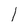
Character: 1